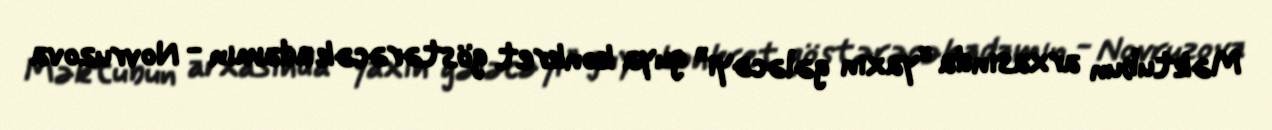
Məktubun arxasında “yaxın gələcəyi” guya konkret göstərəcək adamın - Novruzova